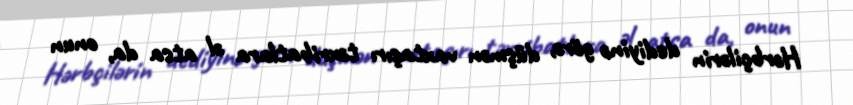
Hərbçilərin dediyinə görə, düşmən vaxtaşırı təxribatlara əl atsa da, onun